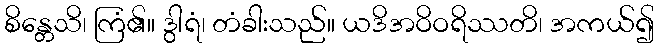
စိန္တေသိ၊ ကြံ၏။ ဒွါရံ၊ တံခါးသည်။ ယဒိအဝိဝရိဿတိ၊ အကယ်၍